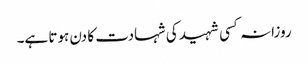
روزانہ کسی شہید کی شہادت کا دن ہوتا ہے۔